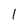
Character: 1